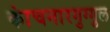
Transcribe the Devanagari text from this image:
कांचनारगुग्गुल